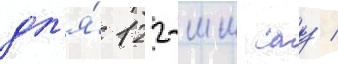
дл'я́ 122-мм сау /